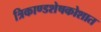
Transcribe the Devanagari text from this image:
त्रिकाण्डशेषकोशात